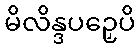
မိလိန္ဒပဉှေပိ